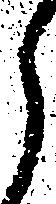
ら